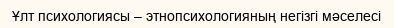
Ұлт психологиясы – этнопсихологияның негізгі мәселесі